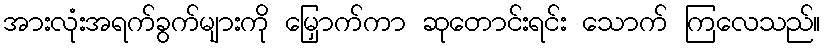
အားလုံးအရက်ခွက်များကို မြှောက်ကာ ဆုတောင်းရင်း သောက် ကြလေသည်။